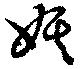
妖